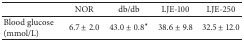
<table><thead><tr><td><b> </b></td><td><b>NOR</b></td><td><b>db/db</b></td><td><b>LJE-100</b></td><td><b>LJE-250</b></td></tr></thead><tbody><tr><td>Blood glucose (mmol/L)</td><td>6.7 ± 2.0</td><td>43.0 ± 0.8<sup>*</sup></td><td>38.6 ± 9.8</td><td>32.5 ± 12.0</td></tr></tbody></table>